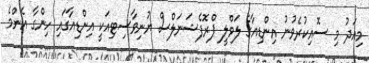
މިއަދު މި ސޮއިކުރެވުނު އިންޑިއާގެ ލަވްލީ ޕްރޮފެޝަނަލްސް ޔުނިވާސިޓިއަކީ އިންޑިއާގައި ހިންގާ އެންމެ